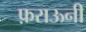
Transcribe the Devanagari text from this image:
फ़राऊनी